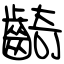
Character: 齮